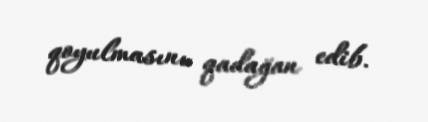
qoyulmasını qadağan edib.